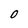
Character: O